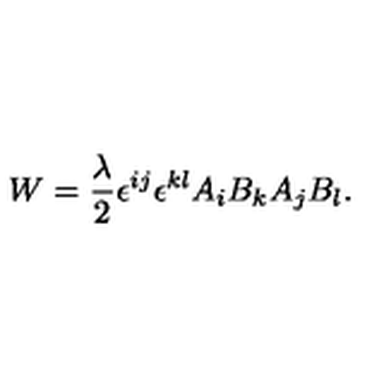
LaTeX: W = \frac { \lambda } { 2 } \epsilon ^ { i j } \epsilon ^ { k l } A _ { i } B _ { k } A _ { j } B _ { l } .